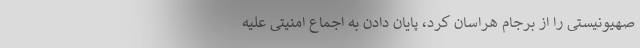
صهیونیستی را از برجام هراسان کرد، پایان دادن به اجماع امنیتی علیه